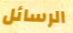
الرسائل